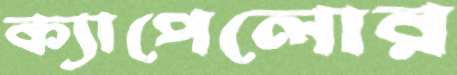
ক্যাপেলোর